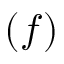
( f )